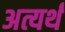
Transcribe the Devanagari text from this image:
अत्यर्थं